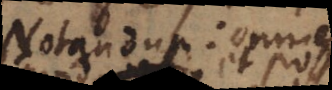
Notandum: omnem